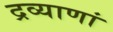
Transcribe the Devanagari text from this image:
द्रव्याणां